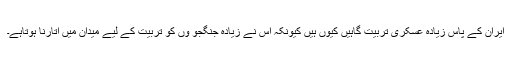
ایران کے پاس زیادہ عسکری تربیت گاہیں کیوں ہیں کیونکہ اس نے زیادہ جنگجو ؤں کو تربیت کے لیے میدان میں اتارنا ہوتاہے۔